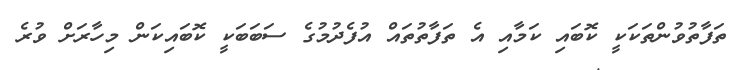
ތަފާތުވުންތަކަކީ ކޮބައި ކަމާއި އެ ތަފާތުތައް އުފެދުމުގެ ސަބަބަކީ ކޮބައިކަން މިހާރަށް ވުރެ